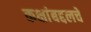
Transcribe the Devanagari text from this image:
कक्षांबद्दलचे